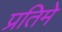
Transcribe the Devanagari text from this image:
प्रतिमे